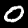
Digit: 0